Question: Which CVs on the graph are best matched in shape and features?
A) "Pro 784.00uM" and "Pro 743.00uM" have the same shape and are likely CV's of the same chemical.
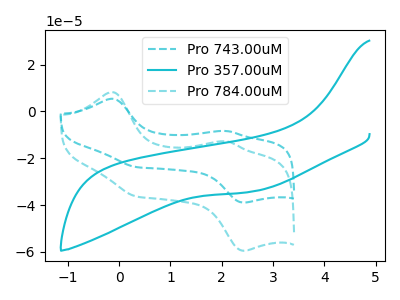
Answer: <think>The cyan dashed curve "Pro 743.00uM" has anodic peaks at (-0.15V, 5.40uA) (2.10V, -8.40uA) and cathodic peaks at (0.35V, -23.75uA) (2.45V, -38.95uA). The cyan curve "Pro 357.00uM" has no peaks. The cyan dashed curve "Pro 784.00uM" has anodic peaks at (-0.15V, 8.20uA) (2.10V, -12.80uA) and cathodic peaks at (0.35V, -36.35uA) (2.45V, -59.50uA).
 "Pro 743.00uM" and "Pro 357.00uM" have a different number of peaks. All the peaks in "Pro 743.00uM" have a peak in "Pro 784.00uM" at the same potential. "Pro 357.00uM" and "Pro 784.00uM" have a different number of peaks.</think>
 <answer>A) "Pro 784.00uM" and "Pro 743.00uM" have the same shape and are likely CV's of the same chemical.</answer>
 <eval>A</eval>